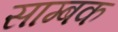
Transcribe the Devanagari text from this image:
साम्बक